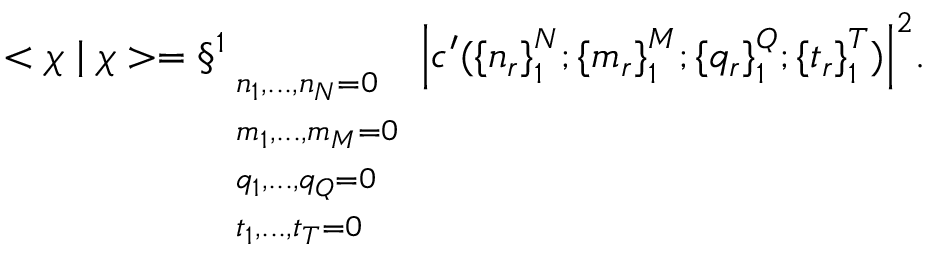
< \chi \mid \chi > = \S _ { \begin{array} { l } { { { \scriptstyle n _ { 1 } , . . . , n _ { N } = 0 } } } \\ { { { \scriptstyle m _ { 1 } , . . . , m _ { M } = 0 } } } \\ { { { \scriptstyle q _ { 1 } , . . . , q _ { Q } = 0 } } } \\ { { { \scriptstyle t _ { 1 } , . . . , t _ { T } = 0 } } } \end{array} } ^ { 1 } { \left| c ^ { \prime } ( { \{ n _ { r } \} } _ { 1 } ^ { N } ; { \{ m _ { r } \} } _ { 1 } ^ { M } ; { \{ q _ { r } \} } _ { 1 } ^ { Q } ; { \{ t _ { r } \} } _ { 1 } ^ { T } ) \right| } ^ { 2 } .